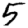
Digit: 5